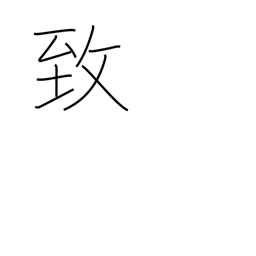
Meaning: incur